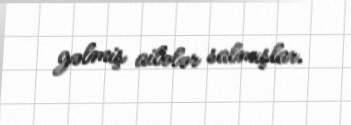
gəlmiş ailələr salmışlar.